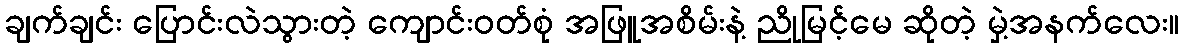
ချက်ချင်း ပြောင်းလဲသွားတဲ့ ကျောင်းဝတ်စုံ အဖြူအစိမ်းနဲ့ ညိုမြင့်မေ ဆိုတဲ့ မှဲ့အနက်လေး။